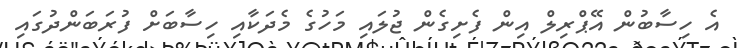
އެ ހިސާބުން އޭޕްރިލް އިން ފެށިގެން ޖުލައި މަހުގެ މެދަކާއި ހިސާބަށް ފުރަބަންދުގައި